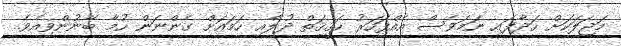
މަޖަލަކަށް ހަދާފައި ނަމަވެސް އެއްފަހަރު ހަޤީޤަތް ދުލާއި ހަމައަށް ގެންނަން ހުމާ ބޭނުންވިއެވެ.